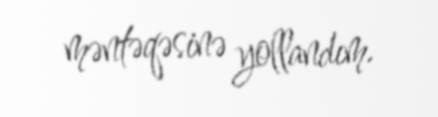
məntəqəsinə yollandım.